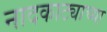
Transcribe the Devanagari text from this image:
नादकाट्याच्या